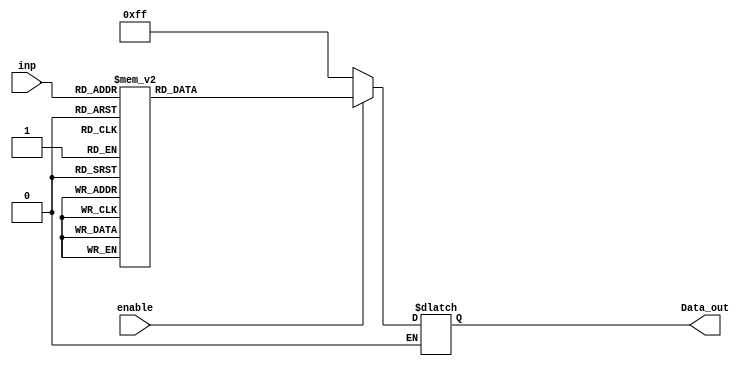
module decoder38(inp,Data_out,enable);
    input [2:0] inp;
    input enable;
    output [7:0] Data_out;
    reg [7:0] Data_out;

    
    always @(inp or enable)
    if(enable==1)   
      case (inp)   
        3'b000 : Data_out = 8'b01111111;
        3'b001 : Data_out = 8'b10111111;
        3'b010 : Data_out = 8'b11011111;
        3'b011 : Data_out = 8'b11101111;
        3'b100 : Data_out = 8'b11110111;
        3'b101 : Data_out = 8'b11111011;
        3'b110 : Data_out = 8'b11111101;
        3'b111 : Data_out = 8'b11111110;
      endcase
    else if(enable ==0)
      Data_out = 8'b11111111; 
      
endmodule